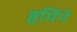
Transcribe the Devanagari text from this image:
हर्मिने